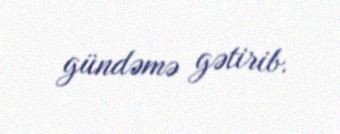
gündəmə gətirib.